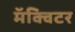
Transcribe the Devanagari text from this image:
मॅक्विटर